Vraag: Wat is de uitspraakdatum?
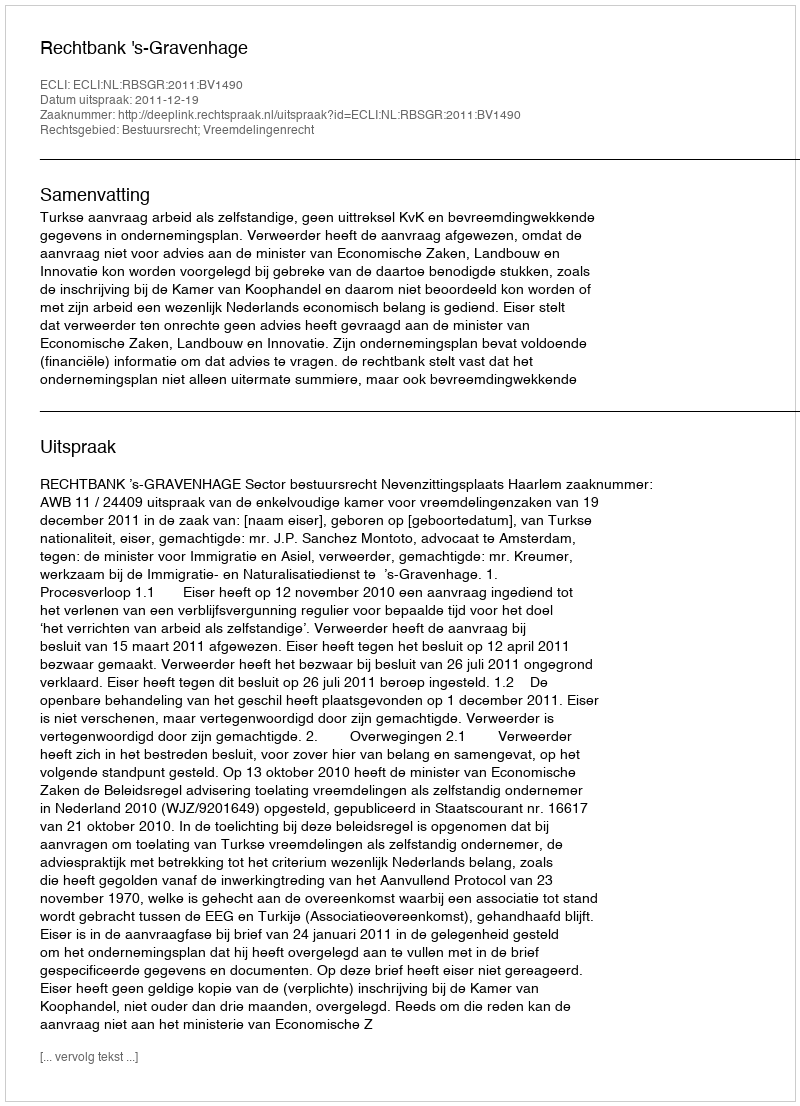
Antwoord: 2011-12-19